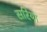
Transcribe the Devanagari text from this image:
सरिया